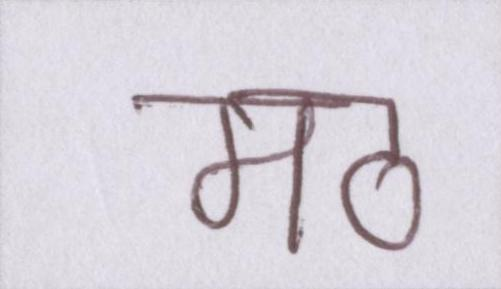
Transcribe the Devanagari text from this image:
मठ